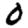
Digit: 0